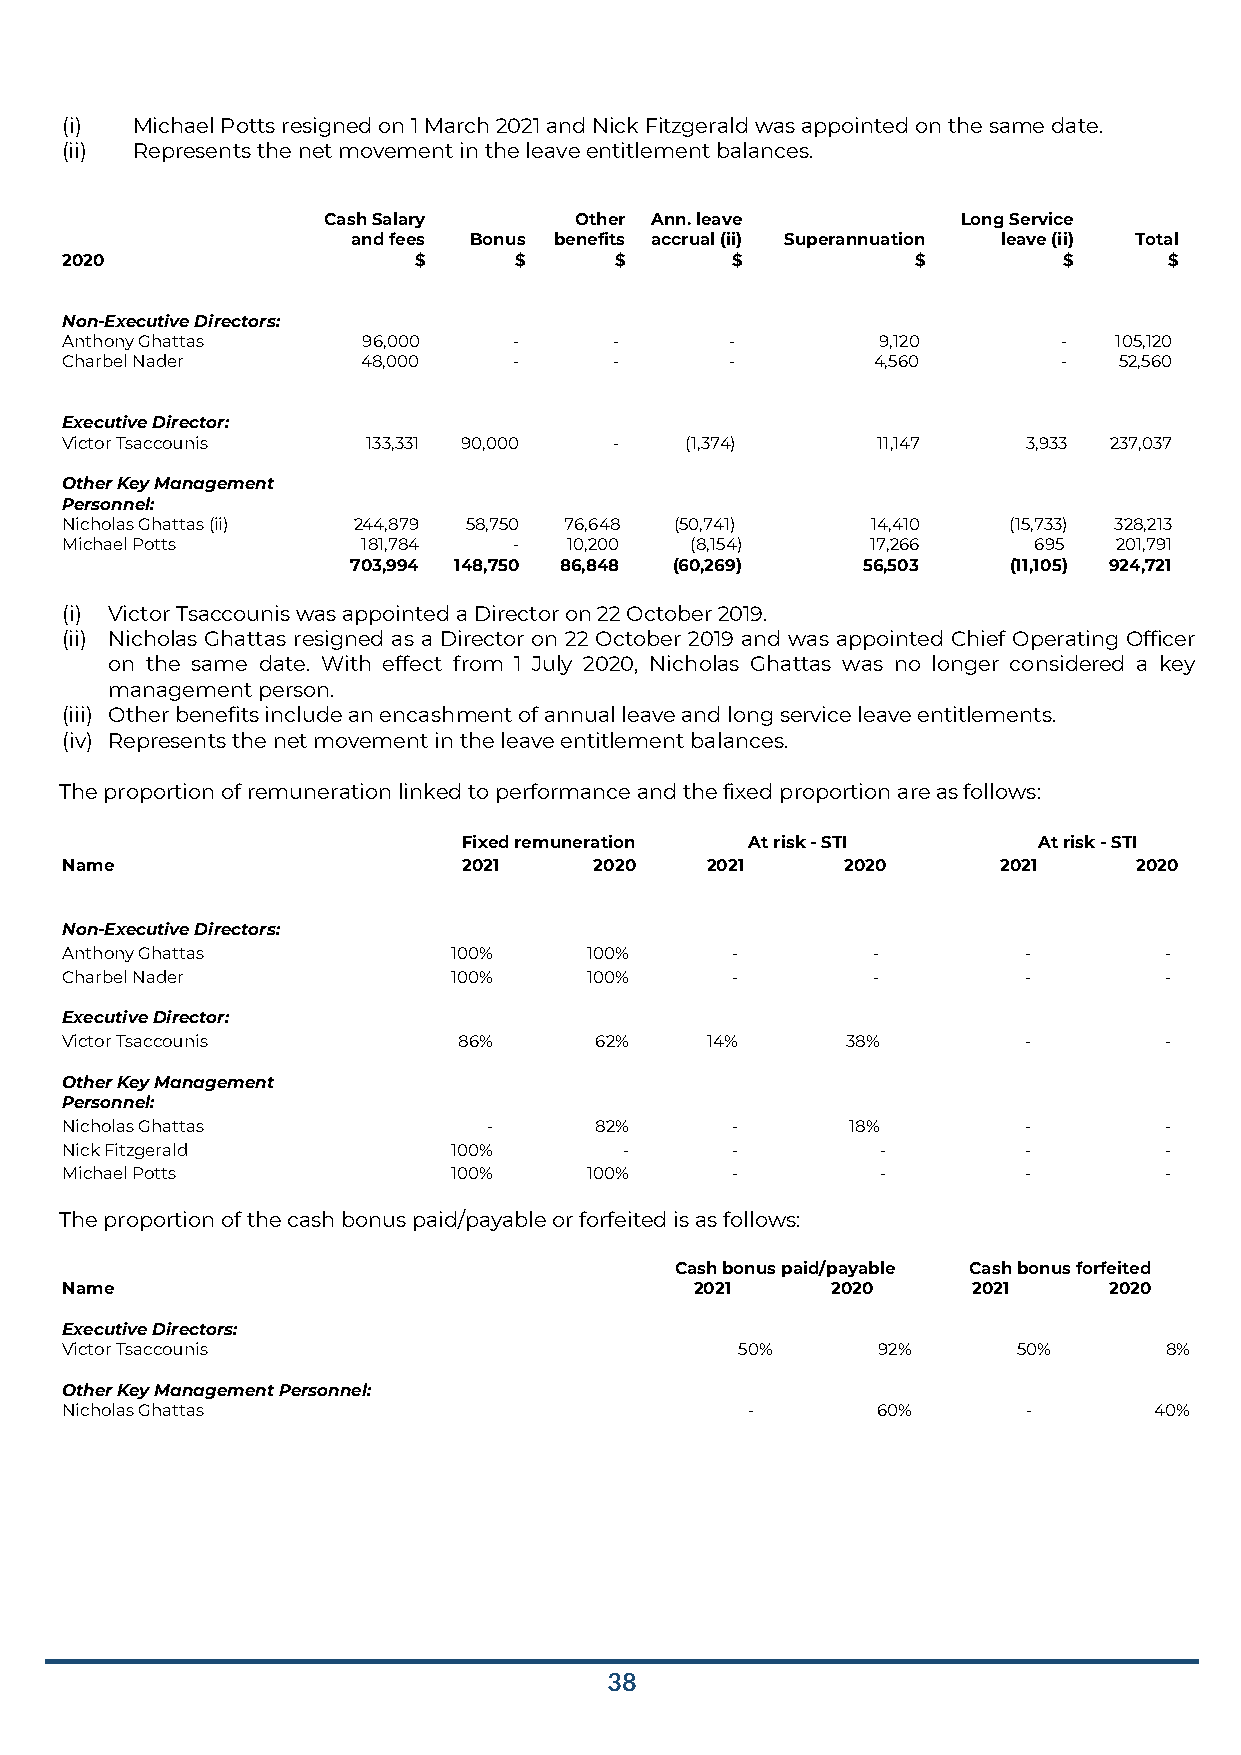
(i)  Michael Potts resigned on 1 March 2021 and Nick Fitzgerald was appointed on the same date.
 (ii) Represents the net movement in the leave entitlement balances.
 Cash Salary      Other Ann. leave          Long Service
 and fees Bonus benefits accrual (ii) Superannuation leave (ii) Total
 2020                   $      $      $      $            $        $      $
 Non-Executive Directors:
 Anthony Ghattas     96,000    -      -      -         9,120       -   105,120
 Charbel Nader       48,000    -      -      -         4,560       -   52,560
 Executive Director:
 Victor Tsaccounis   133,331 90,000   -   (1,374)      11,147    3,933 237,037
 Other Key Management
 Personnel:
 Nicholas Ghattas (ii) 244,879 58,750 76,648 (50,741)  14,410   (15,733) 328,213
 Michael Potts       181,784   -   10,200  (8,154)     17,266    695   201,791
 703,994 148,750 86,848 (60,269)   56,503    (11,105) 924,721
 (i) Victor Tsaccounis was appointed a Director on 22 October 2019.
 (ii) Nicholas Ghattas resigned as a Director on 22 October 2019 and was appointed Chief Operating Officer
 on the same date. With effect from 1 July 2020, Nicholas Ghattas was no longer considered a key
 management person.
 (iii) Other benefits include an encashment of annual leave and long service leave entitlements.
 (iv) Represents the net movement in the leave entitlement balances.
 The proportion of remuneration linked to performance and the fixed proportion are as follows:
 Fixed remuneration At risk - STI      At risk - STI
 Name                       2021    2020    2021     2020      2021     2020
 Non-Executive Directors:
 Anthony Ghattas           100%     100%     -         -         -        -
 Charbel Nader             100%     100%     -         -         -        -
 Executive Director:
 Victor Tsaccounis         86%      62%     14%      38%         -        -
 Other Key Management
 Personnel:
 Nicholas Ghattas            -      82%      -       18%         -        -
 Nick Fitzgerald           100%       -      -         -         -        -
 Michael Potts             100%     100%     -         -         -        -
 The proportion of the cash bonus paid/payable or forfeited is as follows:
 Cash bonus paid/payable Cash bonus forfeited
 Name                                      2021     2020     2021     2020
 Executive Directors:
 Victor Tsaccounis                            50%      92%      50%       8%
 Other Key Management Personnel:
 Nicholas Ghattas                             -        60%       -       40%
 38